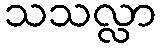
သသလ္လာ